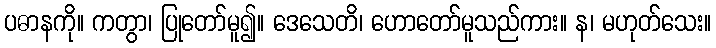
ပဓာနကို။ ကတွာ၊ ပြုတော်မူ၍။ ဒေသေတိ၊ ဟောတော်မူသည်ကား။ န၊ မဟုတ်သေး။